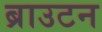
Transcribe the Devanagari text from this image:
ब्राउटन